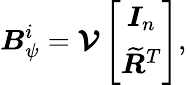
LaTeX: {\boldsymbol{{B}}_{\psi}^{i}}=\boldsymbol{\mathcal{V}}\left[\begin{array}{c}{\boldsymbol{I}_{n}}\\ {\boldsymbol{\widetilde{R}}^{T}}\end{array}\right],